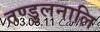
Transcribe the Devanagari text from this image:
तण्डुलनालि